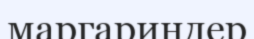
маргариндер